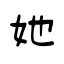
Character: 她